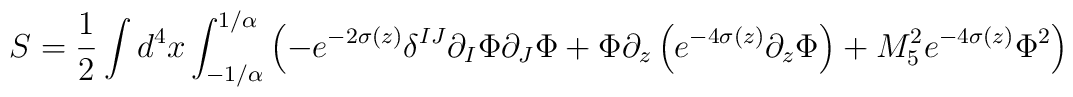
S=\frac{1}{2} \int d^4x \int _{-1/\alpha}^{1/\alpha} \left(-e^{-2\sigma (z)} \delta^{IJ} \partial_I \Phi \partial_J \Phi + \Phi \partial_z \left(e^{-4\sigma (z)} \partial_z \Phi \right) + M_5^2 e^{-4\sigma (z)}\Phi^2 \right)